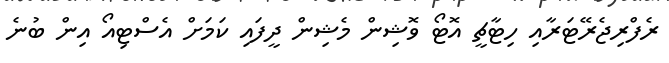
ރެފްރިޖެރޭޓަރާއި ހިޓާޗީ އޮޓޯ ވޮޝިން މެޝިން ދީފައި ކަމަށް އެސްޓިއޯ އިން ބުނެ